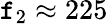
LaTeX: \mathtt{f}_{2}\approx225